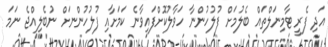
އަދި ފެރީ ޓާމިނަލްތައް ބެލުމަށް ފުލުހުންނާ ހަވާލުކޮށްފައިވާނެ ކަމަށާއި ފުލުހުންނަށް ނުބެލިއްޖެ ނަމަ